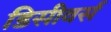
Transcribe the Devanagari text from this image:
डिसीवर्स